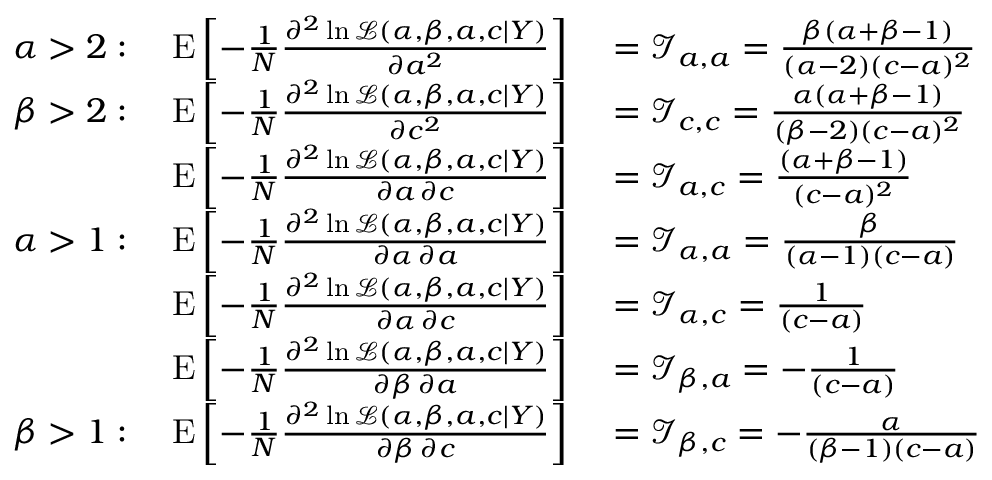
\begin{array} { r l } { \alpha > 2 : \quad \operatorname { E } \left[ - { \frac { 1 } { N } } { \frac { \partial ^ { 2 } \ln { \mathcal { L } } ( \alpha , \beta , a , c \mid Y ) } { \partial a ^ { 2 } } } \right] } & { { } = { \mathcal { I } } _ { a , a } = { \frac { \beta ( \alpha + \beta - 1 ) } { ( \alpha - 2 ) ( c - a ) ^ { 2 } } } } \\ { \beta > 2 : \quad \operatorname { E } \left[ - { \frac { 1 } { N } } { \frac { \partial ^ { 2 } \ln { \mathcal { L } } ( \alpha , \beta , a , c \mid Y ) } { \partial c ^ { 2 } } } \right] } & { { } = { \mathcal { I } } _ { c , c } = { \frac { \alpha ( \alpha + \beta - 1 ) } { ( \beta - 2 ) ( c - a ) ^ { 2 } } } } \\ { \operatorname { E } \left[ - { \frac { 1 } { N } } { \frac { \partial ^ { 2 } \ln { \mathcal { L } } ( \alpha , \beta , a , c \mid Y ) } { \partial a \, \partial c } } \right] } & { { } = { \mathcal { I } } _ { a , c } = { \frac { ( \alpha + \beta - 1 ) } { ( c - a ) ^ { 2 } } } } \\ { \alpha > 1 : \quad \operatorname { E } \left[ - { \frac { 1 } { N } } { \frac { \partial ^ { 2 } \ln { \mathcal { L } } ( \alpha , \beta , a , c \mid Y ) } { \partial \alpha \, \partial a } } \right] } & { { } = { \mathcal { I } } _ { \alpha , a } = { \frac { \beta } { ( \alpha - 1 ) ( c - a ) } } } \\ { \operatorname { E } \left[ - { \frac { 1 } { N } } { \frac { \partial ^ { 2 } \ln { \mathcal { L } } ( \alpha , \beta , a , c \mid Y ) } { \partial \alpha \, \partial c } } \right] } & { { } = { \mathcal { I } } _ { \alpha , c } = { \frac { 1 } { ( c - a ) } } } \\ { \operatorname { E } \left[ - { \frac { 1 } { N } } { \frac { \partial ^ { 2 } \ln { \mathcal { L } } ( \alpha , \beta , a , c \mid Y ) } { \partial \beta \, \partial a } } \right] } & { { } = { \mathcal { I } } _ { \beta , a } = - { \frac { 1 } { ( c - a ) } } } \\ { \beta > 1 : \quad \operatorname { E } \left[ - { \frac { 1 } { N } } { \frac { \partial ^ { 2 } \ln { \mathcal { L } } ( \alpha , \beta , a , c \mid Y ) } { \partial \beta \, \partial c } } \right] } & { { } = { \mathcal { I } } _ { \beta , c } = - { \frac { \alpha } { ( \beta - 1 ) ( c - a ) } } } \end{array}